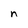
Character: n